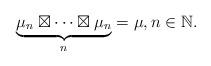
LaTeX: \begin{align*}\underbrace{\mu_{n}\boxtimes\cdots\boxtimes\mu_{n}}_{n}=\mu,n\in\mathbb{N}.\end{align*}